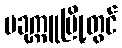
ပခုက္ကူမြို့တွင်